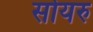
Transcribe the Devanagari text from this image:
सोयरु